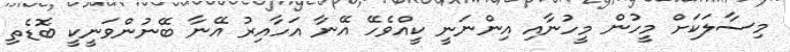
މިސާލަކަށް މީހުން މީހުނާއި އިންނަނީ ކީއްވެހޭ އޭނާ އަހާއިރު އޭނާ ބޭނުންވަނީކީ ބޮޑެތި